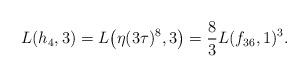
LaTeX: \begin{gather*}L(h_4, 3)= L\big(\eta(3\tau)^8,3\big)=\frac 83 L(f_{36},1)^3.\end{gather*}